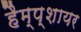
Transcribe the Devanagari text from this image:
हैम्प्शायर